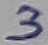
Text: 3